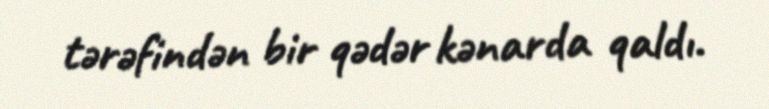
tərəfindən bir qədər kənarda qaldı.